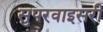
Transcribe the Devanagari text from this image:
सुपरवाइसरी